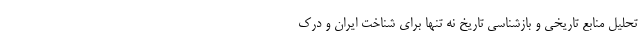
تحلیل منابع تاریخی و بازشناسی تاریخ نه تنها برای شناخت ایران و درک